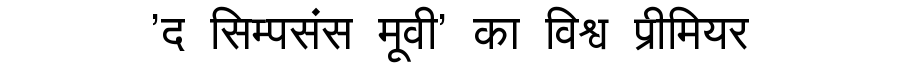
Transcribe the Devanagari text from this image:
'द सिम्पसंस मूवी' का विश्व प्रीमियर